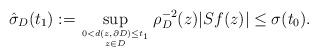
LaTeX: \begin{align*}\hat\sigma_D(t_1) := \sup_{0 < d(z, \partial D) \leq t_1 \atop z \in D} \rho_{D}^{-2}(z) |Sf(z)| \leq \sigma(t_0).\end{align*}